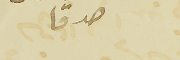
صدقا